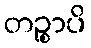
တဉ္စာပိ